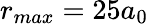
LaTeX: r_{max}=25a_{0}